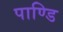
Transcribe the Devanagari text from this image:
पाण्डि